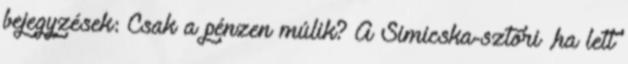
bejegyzések: Csak a pénzen múlik? A Simicska-sztori ,ha lett